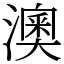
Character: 澳